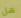
هل